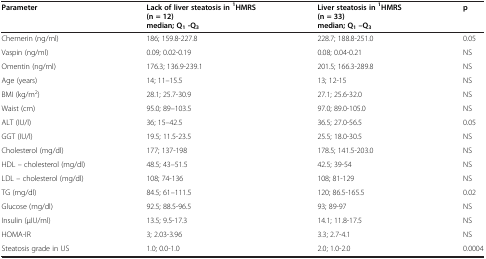
<table><thead><tr><td><b>Parameter</b></td><td><b>Lack of liver steatosis in<sup>1</sup>HMRS (n = 12) median; Q<sub>1</sub>-Q<sub>3</sub></b></td><td><b>Liver steatosis in<sup>1</sup>HMRS (n = 33) median; Q<sub>1</sub>–Q<sub>3</sub></b></td><td><b>p</b></td></tr></thead><tbody><tr><td>Chemerin (ng/ml)</td><td>186; 159.8-227.8</td><td>228.7; 188.8-251.0</td><td>0.05</td></tr><tr><td>Vaspin (ng/ml)</td><td>0.09; 0.02-0.19</td><td>0.08; 0.04-0.21</td><td>NS</td></tr><tr><td>Omentin (ng/ml)</td><td>176.3; 136.9-239.1</td><td>201.5; 166.3-289.8</td><td>NS</td></tr><tr><td>Age (years)</td><td>14; 11–15.5</td><td>13; 12-15</td><td>NS</td></tr><tr><td>BMI (kg/m<sup>2</sup>)</td><td>28.1; 25.7-30.9</td><td>27.1; 25.6-32.0</td><td>NS</td></tr><tr><td>Waist (cm)</td><td>95.0; 89–103.5</td><td>97.0; 89.0-105.0</td><td>NS</td></tr><tr><td>ALT (IU/l)</td><td>36; 15–42.5</td><td>36.5; 27.0-56.5</td><td>0.05</td></tr><tr><td>GGT (IU/l)</td><td>19.5; 11.5-23.5</td><td>25.5; 18.0-30.5</td><td>NS</td></tr><tr><td>Cholesterol (mg/dl)</td><td>177; 137-198</td><td>178.5; 141.5-203.0</td><td>NS</td></tr><tr><td>HDL – cholesterol (mg/dl)</td><td>48.5; 43–51.5</td><td>42.5; 39-54</td><td>NS</td></tr><tr><td>LDL – cholesterol (mg/dl)</td><td>108; 74-136</td><td>108; 81-129</td><td>NS</td></tr><tr><td>TG (mg/dl)</td><td>84.5; 61–111.5</td><td>120; 86.5-165.5</td><td>0.02</td></tr><tr><td>Glucose (mg/dl)</td><td>92.5; 88.5-96.5</td><td>93; 89-97</td><td>NS</td></tr><tr><td>Insulin (μIU/ml)</td><td>13.5; 9.5-17.3</td><td>14.1; 11.8-17.5</td><td>NS</td></tr><tr><td>HOMA-IR</td><td>3; 2.03-3.96</td><td>3.3; 2.7-4.1</td><td>NS</td></tr><tr><td>Steatosis grade in US</td><td>1.0; 0.0-1.0</td><td>2.0; 1.0-2.0</td><td>0.0004</td></tr></tbody></table>